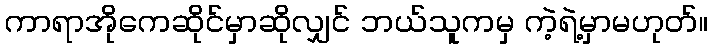
ကာရာအိုကေဆိုင်မှာဆိုလျှင် ဘယ်သူကမှ ကဲ့ရဲ့မှာမဟုတ်။